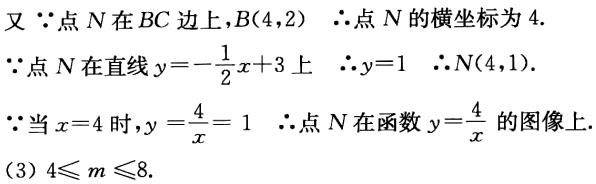
又 \(\because\)点 \(N\) 在 \(BC\) 边上，\(B(4,2)\)  \(\therefore\)点 \(N\) 的横坐标为 \(4\).
\(\because\)点 \(N\) 在直线 \(y = -\frac{1}{2}x + 3\) 上  \(\therefore y = 1\)  \(\therefore N(4,1)\).
\(\because\)当 \(x = 4\) 时，\(y=\frac{4}{x}=1\)  \(\therefore\)点 \(N\) 在函数 \(y = \frac{4}{x}\) 的图像上.
(3) \(4\leqslant m\leqslant8\).